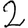
Digit: 2